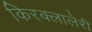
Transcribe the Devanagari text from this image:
किरक्लालेरी